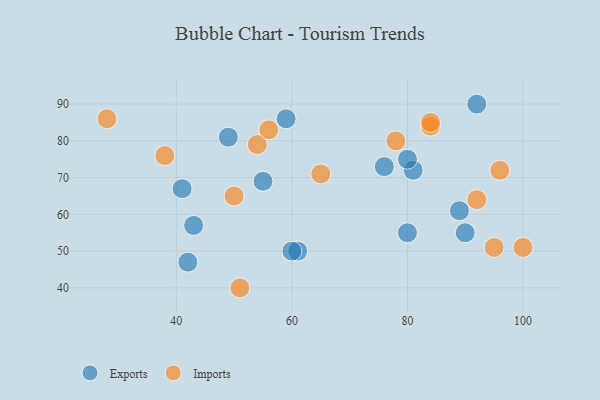
{"axis": {"x": "GDP", "y": "Life Expectancy"}, "legend": ["Exports", "Imports"], "data": [{"x": "43", "y": 57, "type": "Exports"}, {"x": "80", "y": 55, "type": "Exports"}, {"x": "61", "y": 50, "type": "Exports"}, {"x": "60", "y": 50, "type": "Exports"}, {"x": "89", "y": 61, "type": "Exports"}, {"x": "92", "y": 90, "type": "Exports"}, {"x": "81", "y": 72, "type": "Exports"}, {"x": "59", "y": 86, "type": "Exports"}, {"x": "90", "y": 55, "type": "Exports"}, {"x": "76", "y": 73, "type": "Exports"}, {"x": "49", "y": 81, "type": "Exports"}, {"x": "41", "y": 67, "type": "Exports"}, {"x": "42", "y": 47, "type": "Exports"}, {"x": "80", "y": 75, "type": "Exports"}, {"x": "55", "y": 69, "type": "Exports"}, {"x": "54", "y": 79, "type": "Imports"}, {"x": "100", "y": 51, "type": "Imports"}, {"x": "92", "y": 64, "type": "Imports"}, {"x": "96", "y": 72, "type": "Imports"}, {"x": "84", "y": 84, "type": "Imports"}, {"x": "38", "y": 76, "type": "Imports"}, {"x": "50", "y": 65, "type": "Imports"}, {"x": "51", "y": 40, "type": "Imports"}, {"x": "95", "y": 51, "type": "Imports"}, {"x": "65", "y": 71, "type": "Imports"}, {"x": "78", "y": 80, "type": "Imports"}, {"x": "28", "y": 86, "type": "Imports"}, {"x": "56", "y": 83, "type": "Imports"}, {"x": "84", "y": 85, "type": "Imports"}]}